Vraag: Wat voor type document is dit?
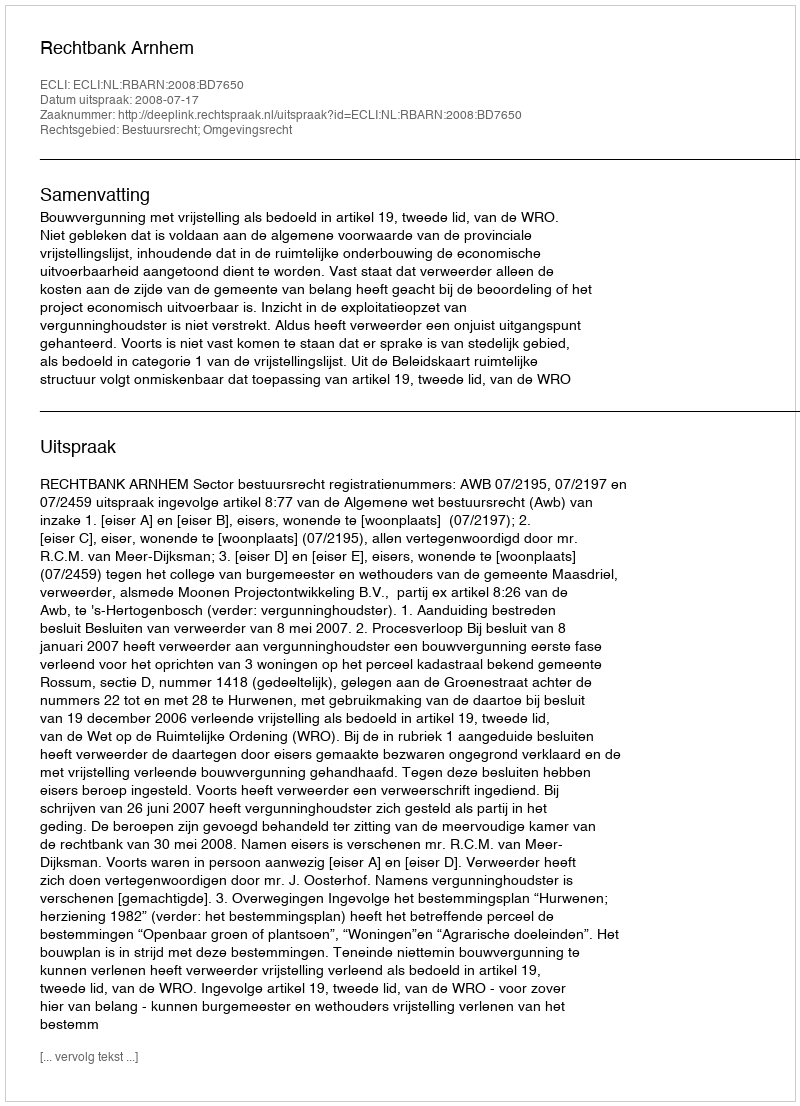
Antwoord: Uitspraak